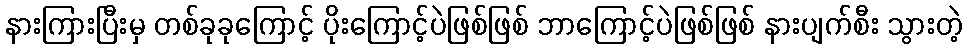
နားကြားပြီးမှ တစ်ခုခုကြောင့် ပိုးကြောင့်ပဲဖြစ်ဖြစ် ဘာကြောင့်ပဲဖြစ်ဖြစ် နားပျက်စီး သွားတဲ့